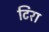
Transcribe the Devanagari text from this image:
टिरा